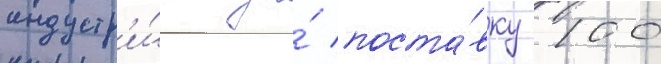
индустр'и́и за́ поста́вку 100